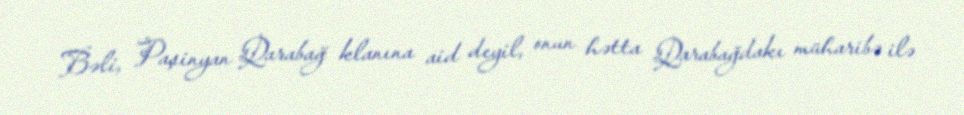
Bəli, Paşinyan Qarabağ klanına aid deyil, onun hətta Qarabağdakı müharibə ilə